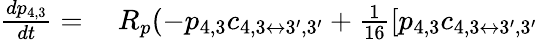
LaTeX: \begin{array}{rl}{\frac{dp_{4,3}}{dt}=}&{{}~R_{p}(-p_{4,3}c_{4,3\leftrightarrow 3^{\prime},3^{\prime}}+\frac{1}{16}[p_{4,3}c_{4,3\leftrightarrow 3^{\prime},3^{\prime}}}\end{array}